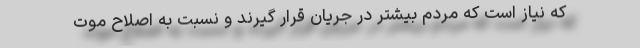
که نیاز است که مردم بیشتر در جریان قرار گیرند و نسبت به اصلاح موت